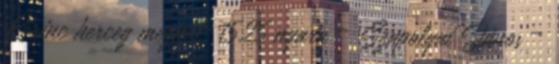
Lőrinc herceg meghal. 1525 nyara – Szapolyai János –